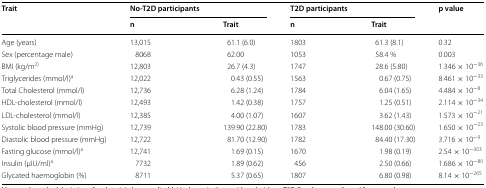
<table><thead><tr><td rowspan="2"><b>Trait</b></td><td colspan="2"><b>No-T2D participants</b></td><td colspan="2"><b>T2D participants</b></td><td rowspan="2"><b>p value</b></td></tr><tr><td><b>n</b></td><td><b>Trait</b></td><td><b>n</b></td><td><b>Trait</b></td></tr></thead><tbody><tr><td>Age (years)</td><td>13,015</td><td>61.1 (6.0)</td><td>1803</td><td>61.3 (8.1)</td><td>0.32</td></tr><tr><td>Sex (percentage male)</td><td>8068</td><td>62.00</td><td>1053</td><td>58.4 %</td><td>0.003</td></tr><tr><td>BMI (kg/m<sup>2)</sup></td><td>12,803</td><td>26.7 (4.3)</td><td>1747</td><td>28.6 (5.80)</td><td>1.346 × 10<sup>−36</sup></td></tr><tr><td>Triglycerides (mmol/l)<sup>a</sup></td><td>12,022</td><td>0.43 (0.55)</td><td>1563</td><td>0.67 (0.75)</td><td>8.461 × 10<sup>−33</sup></td></tr><tr><td>Total Cholesterol (mmol/l)</td><td>12,736</td><td>6.28 (1.24)</td><td>1784</td><td>6.04 (1.65)</td><td>4.484 × 10<sup>−8</sup></td></tr><tr><td>HDL-cholesterol (mmol/l)</td><td>12,493</td><td>1.42 (0.38)</td><td>1757</td><td>1.25 (0.51)</td><td>2.114 × 10<sup>−34</sup></td></tr><tr><td>LDL-cholesterol (mmol/l)</td><td>12,385</td><td>4.00 (1.07)</td><td>1607</td><td>3.62 (1.43)</td><td>1.573 × 10<sup>−21</sup></td></tr><tr><td>Systolic blood pressure (mmHg)</td><td>12,739</td><td>139.90 (22.80)</td><td>1783</td><td>148.00 (30.60)</td><td>1.650 × 10<sup>−23</sup></td></tr><tr><td>Diastolic blood pressure (mmHg)</td><td>12,722</td><td>81.70 (12.90)</td><td>1782</td><td>84.40 (17.30)</td><td>3.716 × 10<sup>−9</sup></td></tr><tr><td>Fasting glucose (mmol/l)<sup>a</sup></td><td>12,741</td><td>1.69 (0.15)</td><td>1670</td><td>1.98 (0.19)</td><td>2.54 × 10<sup>−303</sup></td></tr><tr><td>Insulin (μIU/ml)<sup>a</sup></td><td>7732</td><td>1.89 (0.62)</td><td>456</td><td>2.50 (0.66)</td><td>1.686 × 10<sup>−80</sup></td></tr><tr><td>Glycated haemoglobin (%)</td><td>8711</td><td>5.37 (0.65)</td><td>1807</td><td>6.80 (0.98)</td><td>8.14 × 10<sup>−265</sup></td></tr></tbody></table>